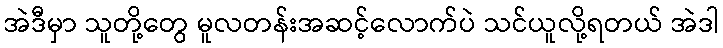
အဲဒီမှာ သူတို့တွေ မူလတန်းအဆင့်လောက်ပဲ သင်ယူလို့ရတယ် အဲဒါ